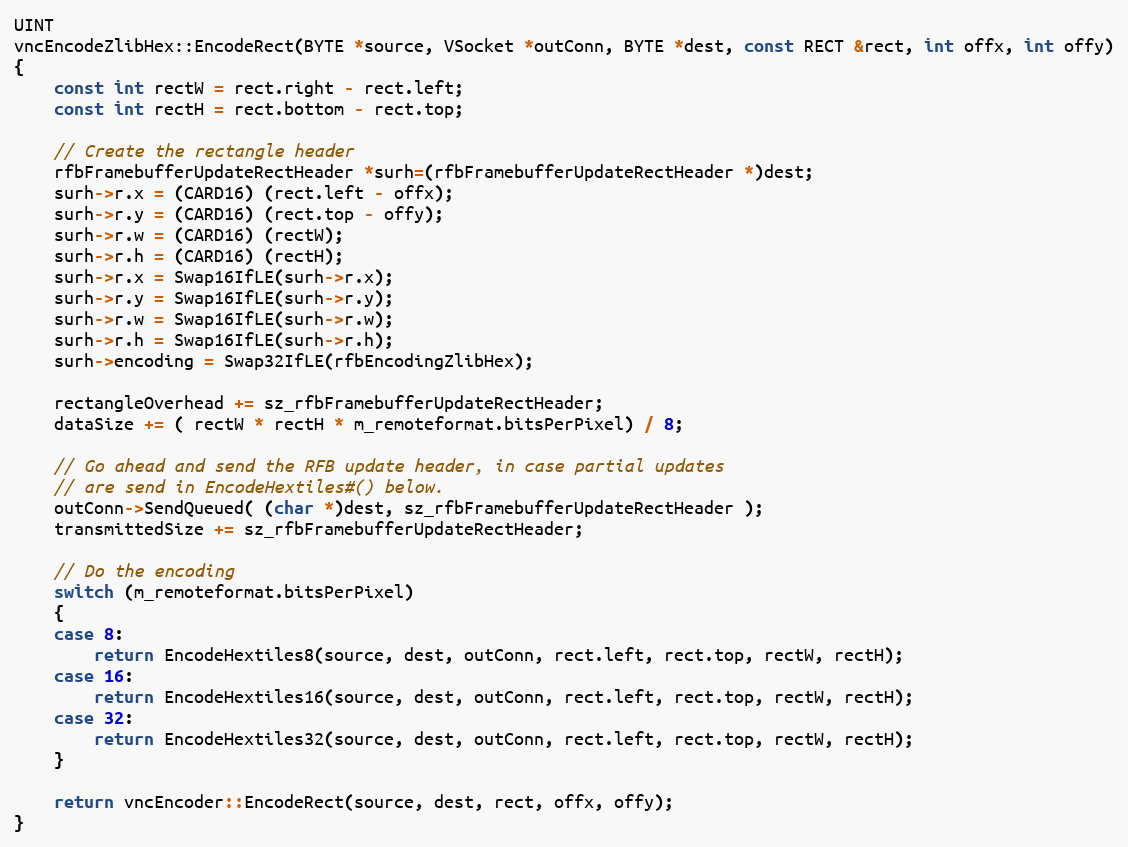
Language: C++
UINT
vncEncodeZlibHex::EncodeRect(BYTE *source, VSocket *outConn, BYTE *dest, const RECT &rect, int offx, int offy)
{
	const int rectW = rect.right - rect.left;
	const int rectH = rect.bottom - rect.top;

	// Create the rectangle header
	rfbFramebufferUpdateRectHeader *surh=(rfbFramebufferUpdateRectHeader *)dest;
	surh->r.x = (CARD16) (rect.left - offx);
	surh->r.y = (CARD16) (rect.top - offy);
	surh->r.w = (CARD16) (rectW);
	surh->r.h = (CARD16) (rectH);
	surh->r.x = Swap16IfLE(surh->r.x);
	surh->r.y = Swap16IfLE(surh->r.y);
	surh->r.w = Swap16IfLE(surh->r.w);
	surh->r.h = Swap16IfLE(surh->r.h);
	surh->encoding = Swap32IfLE(rfbEncodingZlibHex);

	rectangleOverhead += sz_rfbFramebufferUpdateRectHeader;
	dataSize += ( rectW * rectH * m_remoteformat.bitsPerPixel) / 8;

	// Go ahead and send the RFB update header, in case partial updates
	// are send in EncodeHextiles#() below.
	outConn->SendQueued( (char *)dest, sz_rfbFramebufferUpdateRectHeader );
	transmittedSize += sz_rfbFramebufferUpdateRectHeader;

	// Do the encoding
    switch (m_remoteformat.bitsPerPixel)
	{
	case 8:
		return EncodeHextiles8(source, dest, outConn, rect.left, rect.top, rectW, rectH);
    case 16:
		return EncodeHextiles16(source, dest, outConn, rect.left, rect.top, rectW, rectH);
    case 32:
		return EncodeHextiles32(source, dest, outConn, rect.left, rect.top, rectW, rectH);
    }

	return vncEncoder::EncodeRect(source, dest, rect, offx, offy);
}